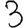
Digit: 3